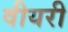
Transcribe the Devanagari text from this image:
वीयरी